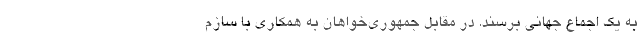
به یک اجماع جهانی برسند. در مقابل جمهوری­خواهان به همکاری با سازم